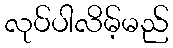
လုပ်ပါလိမ့်မည်